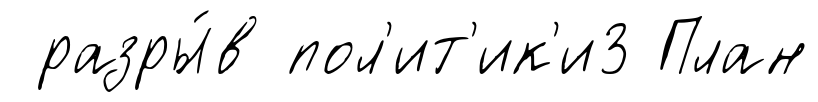
разры́в пол'ит'ик'и3 План